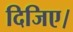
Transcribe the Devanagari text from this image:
दिजिए।